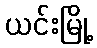
ယင်းမြို့